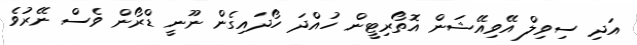
އަދި ސިވިލް އޭވިއޭޝަން އޮތޯރިޓީން ހުއްދަ ހޯދައިގެން ނޫނީ ޑްރޯން ވެސް ނޭރުވެ